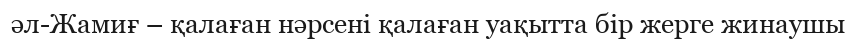
әл-Жамиғ – қалаған нәрсені қалаған уақытта бір жерге жинаушы